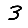
Digit: 3